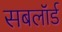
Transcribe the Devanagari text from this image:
सबलॉर्ड